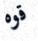
قوه